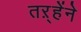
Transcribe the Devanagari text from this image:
तऱ्हेंने